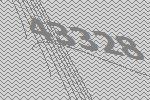
43328